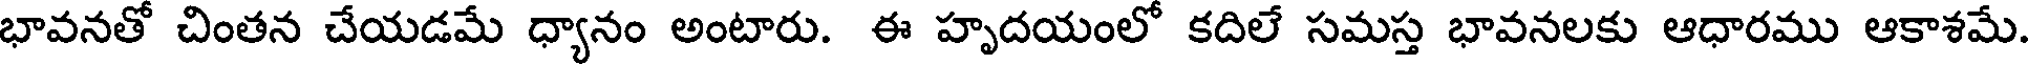
భావనతో చింతన చేయడమే ధ్యానం అంటారు. ఈ హృదయంలో కదిలే సమస్త భావనలకు ఆధారము ఆకాశమే.